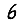
Digit: 6